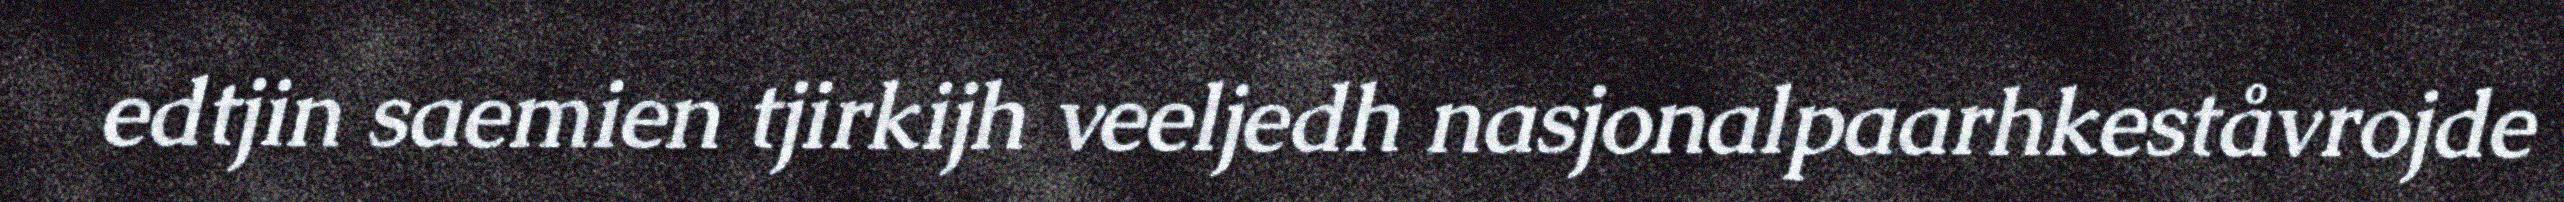
edtjin saemien tjirkijh veeljedh nasjonalpaarhkeståvrojde